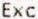
EXC